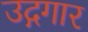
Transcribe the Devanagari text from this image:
उद्गगार